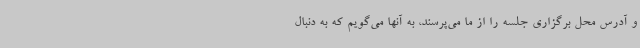
و آدرس محل برگزاری جلسه را از ما می‌پرسند، به آنها می‌گویم که به دنبال